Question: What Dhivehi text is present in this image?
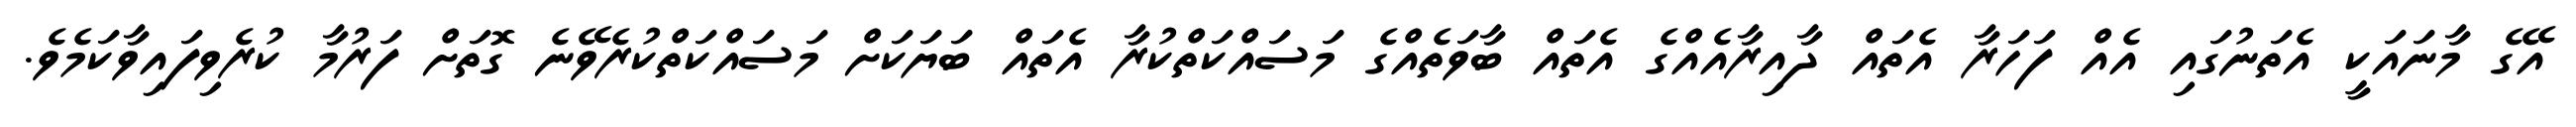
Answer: އޭގެ މާނައަކީ އެތަނުގައި އެއް ފަހަރާ އެތައް ދާއިރާއެއްގެ އެތައް ބާވަތެއްގެ މަސައްކަތްކުރާ އެތައް ބަޔަކަށް މަސައްކަތްކުރެވޭނެ ގޮތަށް ފަރުމާ ކުރެވިފައިވާކަމެވެ.